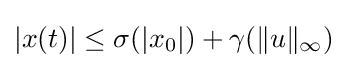
|x(t)|\leq \sigma (|x_{0}|)+\gamma (\|u\|_{\infty })